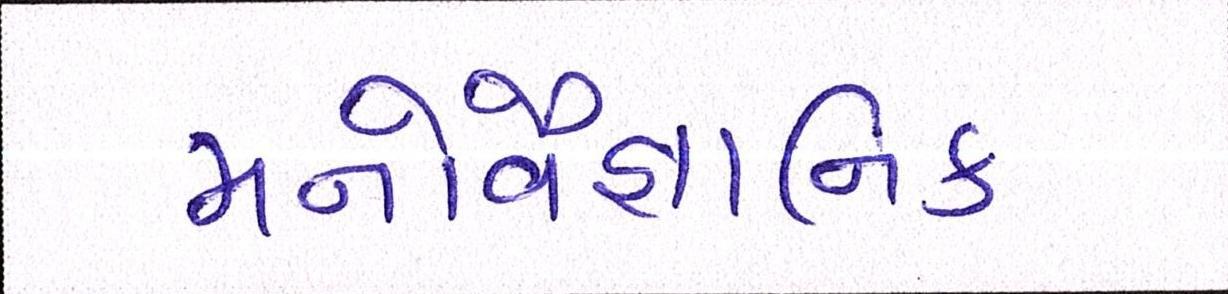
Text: મનોવૈજ્ઞાાનિક